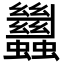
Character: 蠿